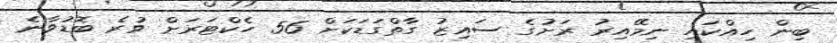
ބިން ހިއްކައި ނިމޭއިރު ރަށުގެ ސައިޒު ގާތްގަޑަކަށް 56 ހެކްޓަރަށް ވުރެ ބޮޑުވާނެ